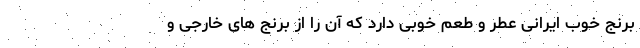
برنج خوب ایرانی عطر و طعم خوبی دارد که آن را از برنج های خارجی و